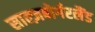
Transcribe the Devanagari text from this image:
साल्ज़बोर्गरलैंड